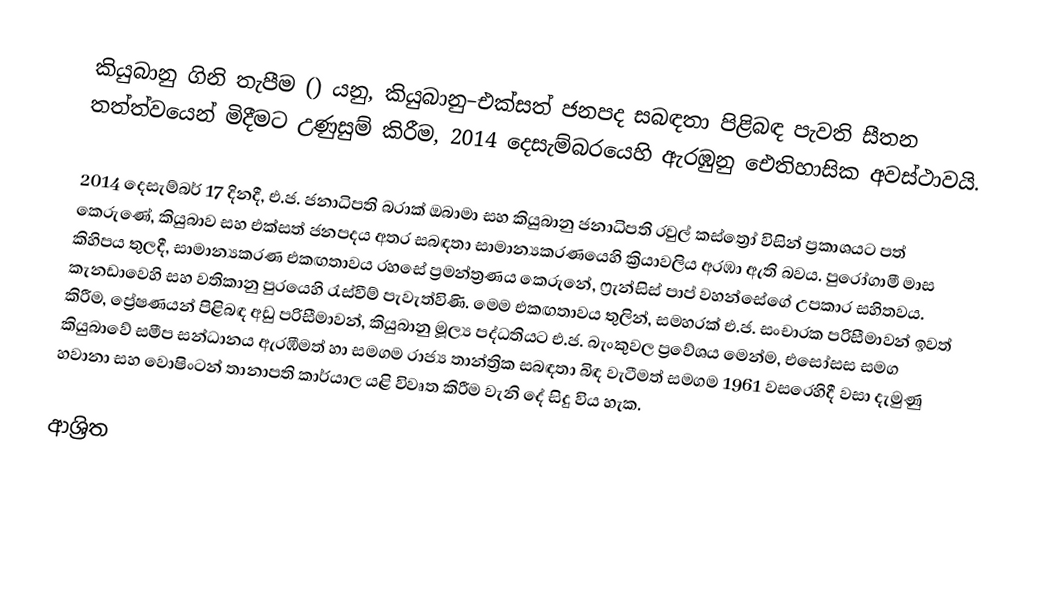
කියුබානු ගිනි තැපීම () යනු,  කියුබානු–එක්සත් ජනපද සබඳතා පිළිබඳ පැවති සීතන තත්ත්වයෙන් මිදීමට උණුසුම් කිරීම,  2014 දෙසැම්බරයෙහි ඇරඹුනු ඓතිහාසික අවස්ථාවයි.

2014 දෙසැම්බර් 17 දිනදී, එ.ජ. ජනාධිපති බරාක් ඔබාමා සහ කියුබානු ජනාධිපති රවුල් කස්ත්‍රෝ විසින් ප්‍රකාශයට පත් කෙරුණේ, කියුබාව සහ එක්සත් ජනපදය අතර සබඳතා සාමාන්‍යකරණයෙහි ක්‍රියාවලිය අරඹා ඇති බවය. පුරෝගාමී මාස කිහිපය තුලදී, සාමාන්‍යකරණ එකඟතාවය රහසේ ප්‍රමන්ත්‍රණය කෙරුනේ, ෆ්‍රැන්සිස් පාප් වහන්සේගේ  උපකාර සහිතවය. කැනඩාවෙහි සහ වතිකානු පුරයෙහි රැස්වීම් පැවැත්විණි. මෙම  එකඟතාවය තුලින්, සමහරක්   එ.ජ. සංචාරක පරිසීමාවන් ඉවත් කිරීම, ප්‍රේෂණයන් පිළිබඳ අඩු පරිසීමාවන්, කියුබානු මූල්‍ය පද්ධතියට එ.ජ. බැංකුවල ප්‍රවේශය මෙන්ම, එසෝසස සමග කියුබාවේ සමීප සන්ධානය ඇරඹීමත් හා  සමගම රාජ්‍ය තාන්ත්‍රික සබඳතා බිඳ වැටීමත් සමගම 1961 වසරෙහිදී වසා දැමුණු  හවානා සහ වොෂිංටන් තානාපති කාර්යාල යළි විවෘත කිරීම වැනි දේ සිදු විය හැක.

ආශ්‍රිත